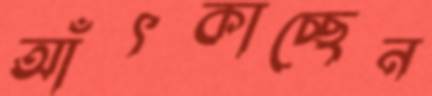
আঁৎকাচ্ছেন